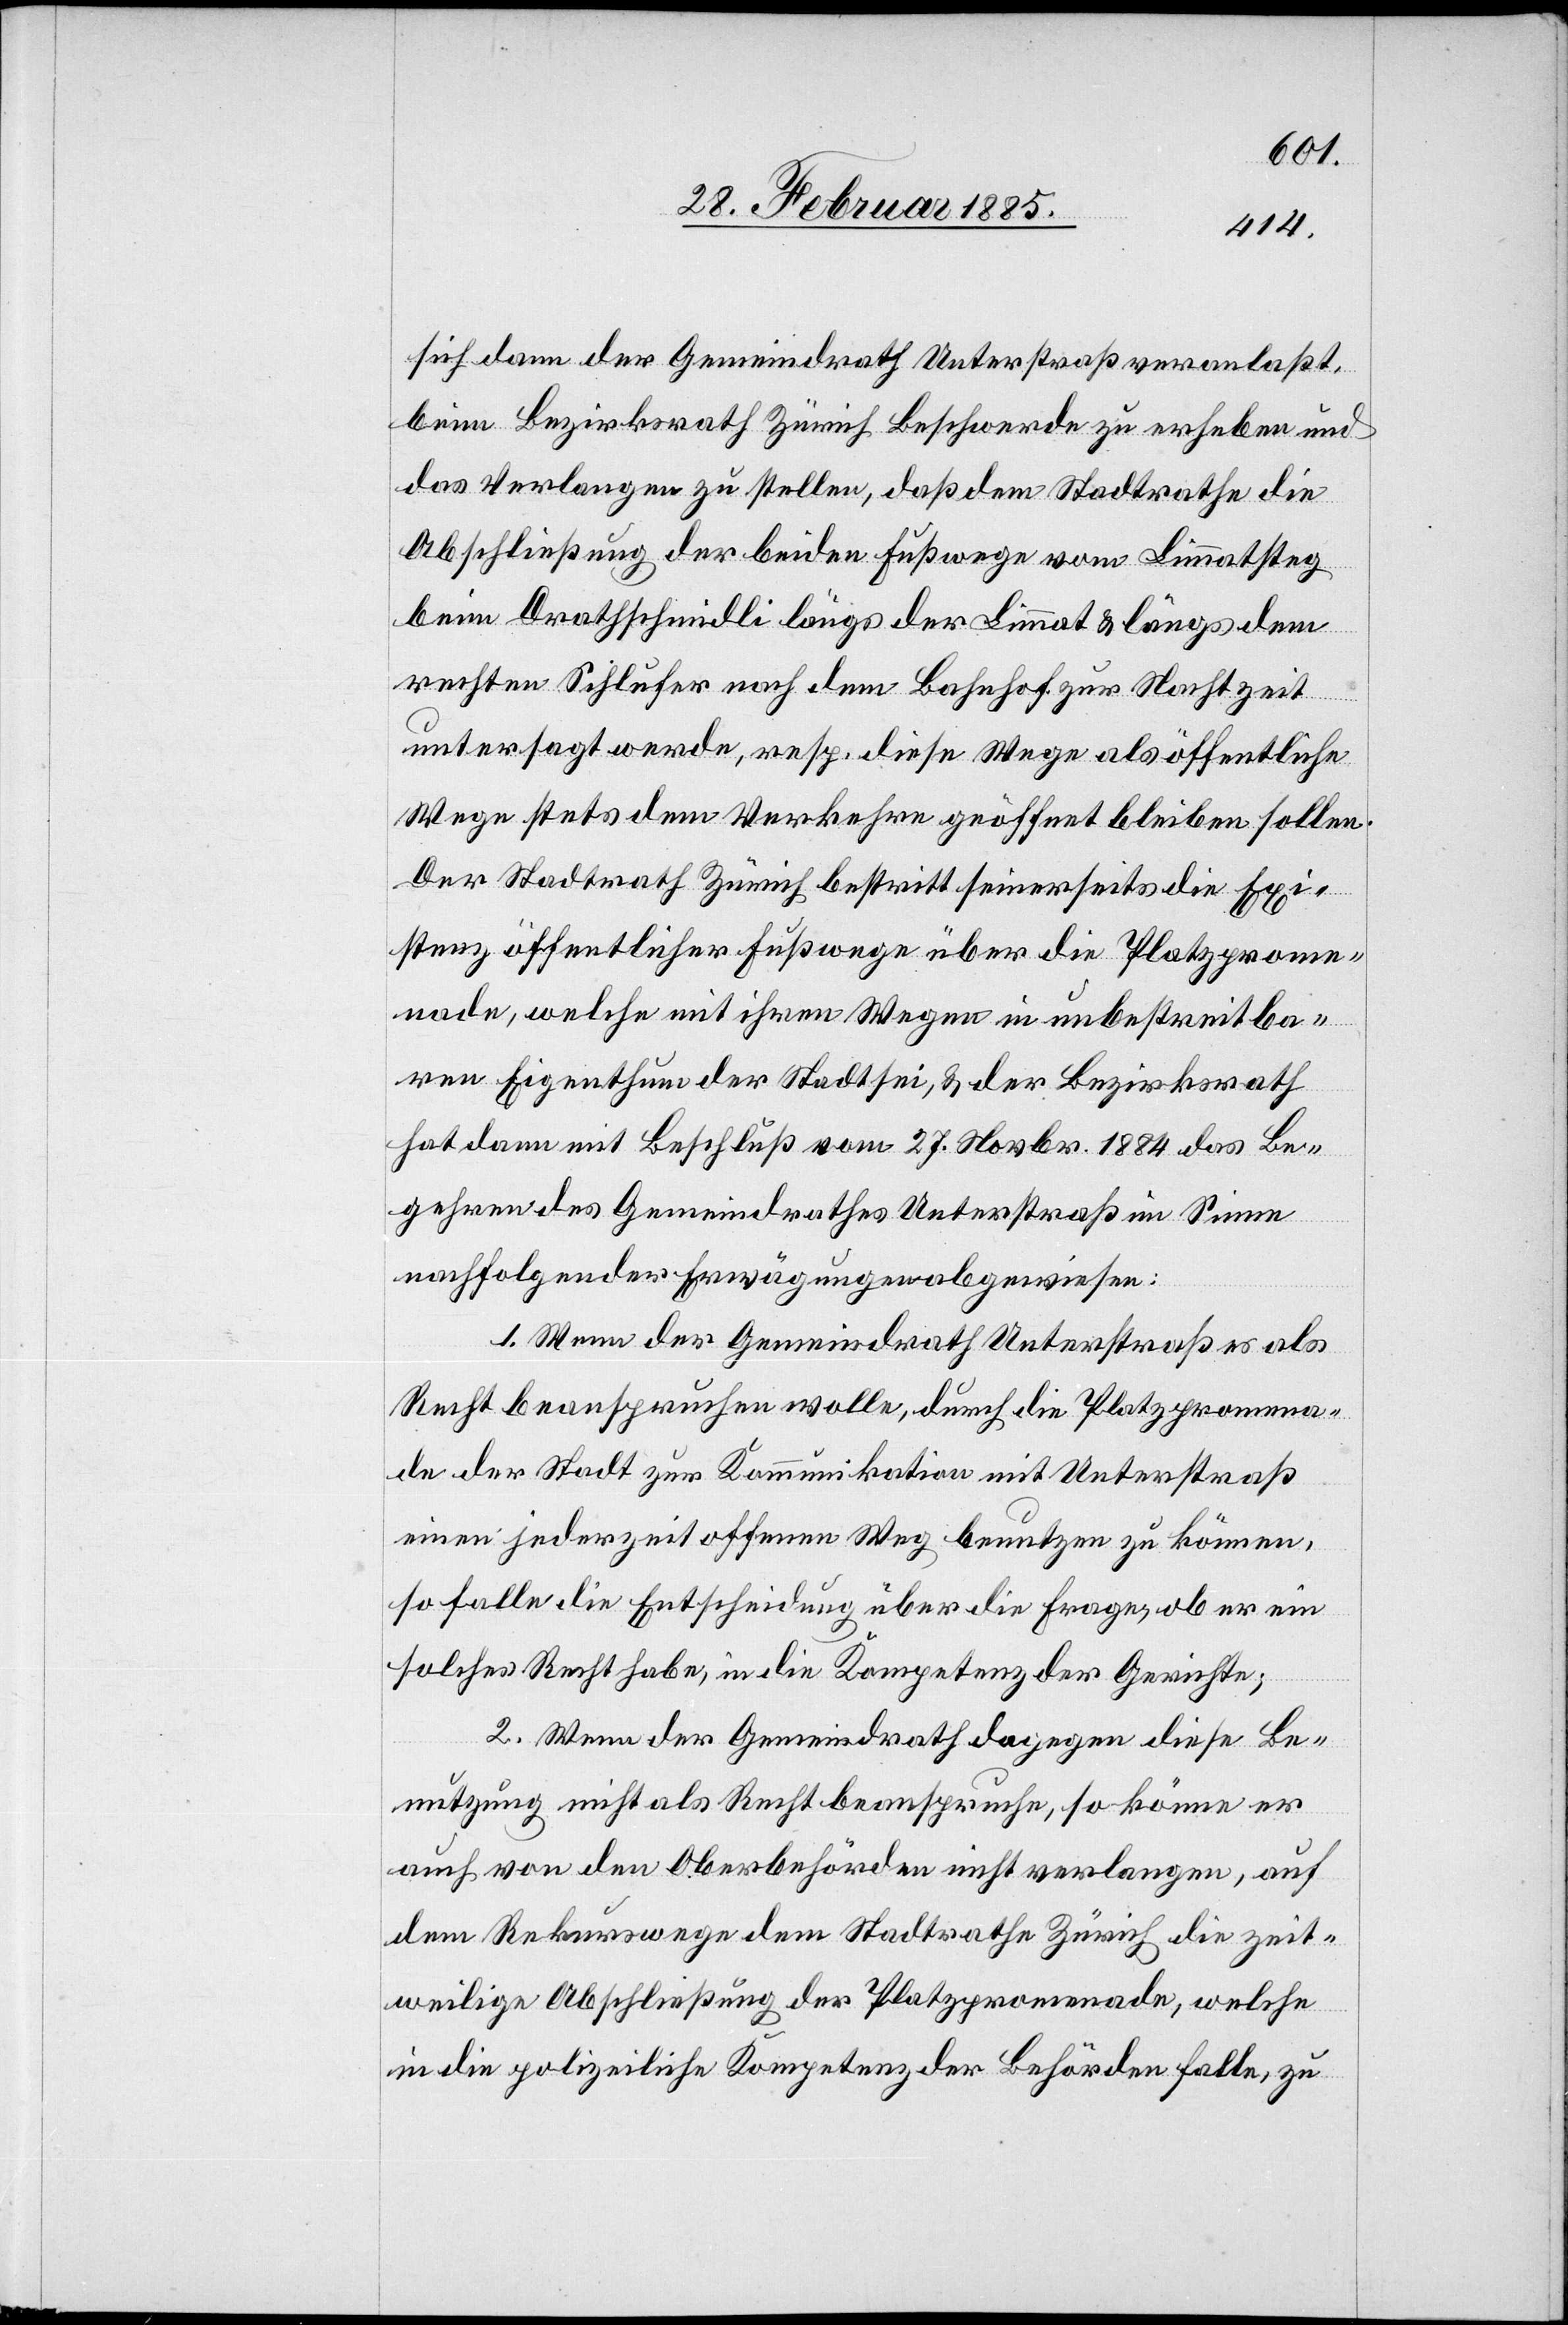
sich dann der Gemeindrath Unterstraß veranlaßt,
beim Bezirksrath Zürich Beschwerde zu erheben und
das Verlangen zu stellen, daß dem Stadtrathe die
Abschließung der beiden Fußwege vom Limmatsteg
beim Drathschmidli längs der Limmat & längs dem
rechten Sihlufer nach dem Bahnhof zur Nachtzeit
untersagt werde, resp. diese Wege als öffentliche
Wege stets dem Verkehre geöffnet bleiben sollen.
Der Stadtrath Zürich bestritt seinerseits die Exi¬
stenz öffentlicher Fußwege über die Platzprome¬
nade, welche mit ihren Wegen in unbestreitba¬
rem Eigenthum der Stadt sei, & der Bezirksrath
hat dann mit Beschluß vom 27. Novbr. 1884 das Be¬
gehren des Gemeindrathes Unterstraß im Sinne
nachfolgender Erwägungen abgewiesen:
1. Wenn der Gemeindrath Unterstraß es als
Recht beanspruchen wolle, durch die Platzpromena¬
de der Stadt zur Kommunikation mit Unterstraß
einen jederzeit offenen Weg benutzen zu können,
so falle die Entscheidung über die Frage, ob er ein
solches Recht habe, in die Kompetenz der Gerichte;
2. Wenn der Gemeindrath dagegen diese Be¬
nutzung nicht als Recht beanspruche, so könne er
auch von den Oberbehörden nicht verlangen, auf
dem Rekurswege dem Stadtrathe Zürich die zeit¬
weilige Abschließung der Platzpromenade, welche
in die polizeiliche Kompetenz der Behörden falle, zu